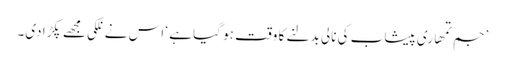
’جم تمھاری پیشاب کی نالی بدلنے کا وقت ہو گیا ہے ‘ اس نے نلکی مجھے پکڑا دی۔